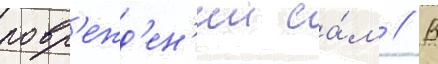
повр'ежд'ен'ии са́м // В